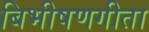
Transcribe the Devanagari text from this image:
बिभीषणगीता